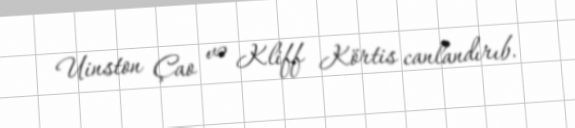
Uinston Çao və Kliff Körtis canlandırıb.